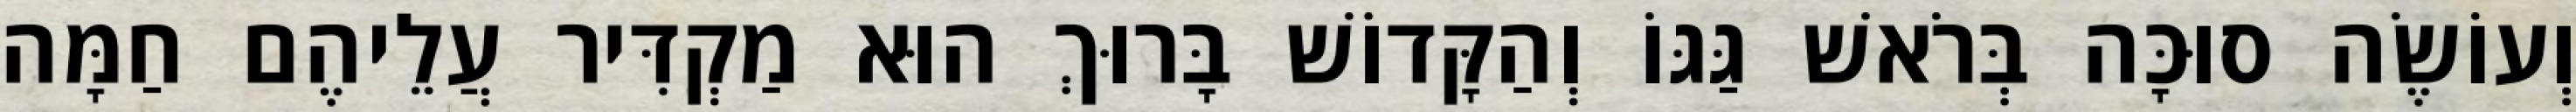
וְעוֹשֶׂה סוּכָּה בְּרֹאשׁ גַּגּוֹ וְהַקָּדוֹשׁ בָּרוּךְ הוּא מַקְדִּיר עֲלֵיהֶם חַמָּה